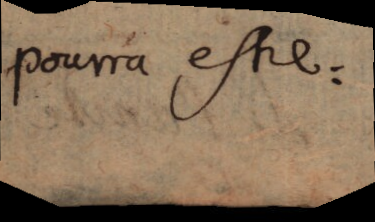
pourra estre